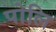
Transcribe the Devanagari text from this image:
पोलि